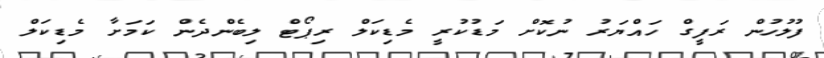
ފުލުހުން ރަފީގް ހައްޔަރު ނުކޮށް މަޑުކުރީ މެޑިކަލް ރިޕޯޓް ލިބެންދެން ކަމަށާ މެޑިކަލް